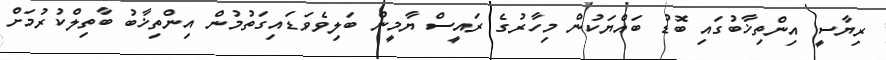
ރިޔާސީ އިންތިޚާބުގައި ބޮޑު ބައްޔަކުން މިހާރުގެ ރައީސް ޔާމީން ބަލިވެވަޑައިގަތުމުން އިންތިޚާބު ބާތިލްކުރުމަށް